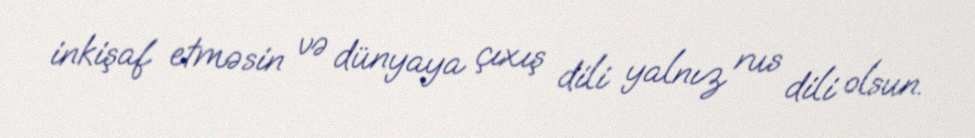
inkişaf etməsin və dünyaya çıxış dili yalnız rus dili olsun.